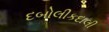
દબોલીકદાલી